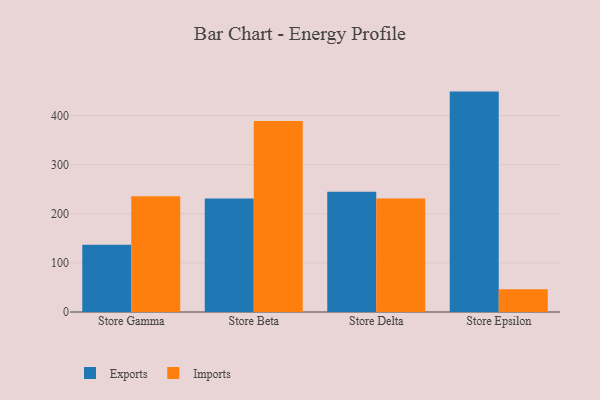
{"axis": {"x": "Store", "y": "LTV (USD)"}, "legend": ["Exports", "Imports"], "data": [{"x": "Store Gamma", "y": 136.8, "type": "Exports"}, {"x": "Store Gamma", "y": 235.6, "type": "Imports"}, {"x": "Store Beta", "y": 231.0, "type": "Exports"}, {"x": "Store Beta", "y": 388.8, "type": "Imports"}, {"x": "Store Delta", "y": 244.9, "type": "Exports"}, {"x": "Store Delta", "y": 231.2, "type": "Imports"}, {"x": "Store Epsilon", "y": 448.8, "type": "Exports"}, {"x": "Store Epsilon", "y": 46.5, "type": "Imports"}]}